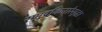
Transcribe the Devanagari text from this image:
समुद्रकिनारेसुद्धा